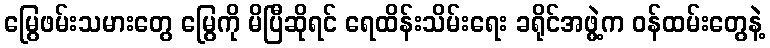
မြွေဖမ်းသမားတွေ မြွေကို မိပြီဆိုရင် ရေထိန်းသိမ်းရေး ခရိုင်အဖွဲ့က ဝန်ထမ်းတွေနဲ့